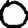
Digit: 0